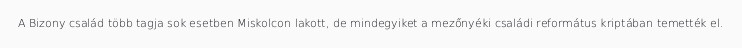
A Bizony család több tagja sok esetben Miskolcon lakott, de mindegyiket a mezőnyéki családi református kriptában temették el.